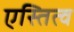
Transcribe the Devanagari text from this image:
एस्तित्व